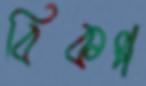
বিকল্প